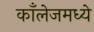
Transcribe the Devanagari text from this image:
काँलेजमध्ये